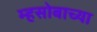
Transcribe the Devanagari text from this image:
म्हसोबाच्या